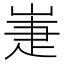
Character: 𡹈